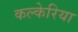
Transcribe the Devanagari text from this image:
कल्केरिया